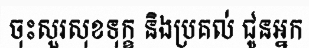
ចុះសួរសុខទុក្ខ និងប្រគល់ ជូនអ្នក